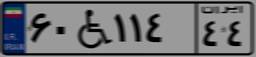
۵۷W۳۹۱۱۳